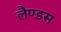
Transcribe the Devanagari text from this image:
लैण्डस